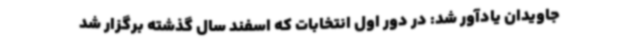
جاویدان یادآور شد: در دور اول انتخابات که اسفند سال گذشته برگزار شد